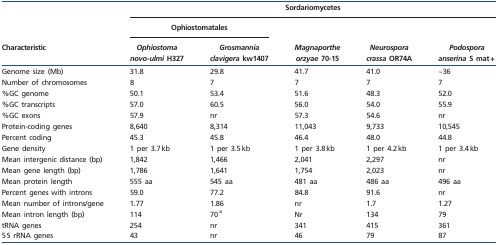
|  | <COLSPAN=5> Sordariomycetes |
 |  | <COLSPAN=2> Ophiostomatales |  |  |  |
 | Characteristic | Ophiostoma novo-ulmi H327 | Grosmannia clavigera kw1407 | Magnaporthe orzyae 70-15 | Neurospora crassa OR74A | Podospora anserina S mat + |
 | --- | --- | --- | --- | --- | --- |
 | Genome size (Mb) | 31.8 | 29.8 | 41.7 | 41.0 | ∼36 |
 | Number of chromosomes | 8 | 7 | 7 | 7 | 7 |
 | %GC genome | 50.1 | 53.4 | 51.6 | 48.3 | 52.0 |
 | %GC transcripts | 57.0 | 60.5 | 56.0 | 54.0 | 55.9 |
 | %GC exons | 57.9 | nr | 57.3 | 54.6 | nr |
 | Protein-coding genes | 8,640 | 8,314 | 11,043 | 9,733 | 10,545 |
 | Percent coding | 45.3 | 45.8 | 46.4 | 48.0 | 44.8 |
 | Gene density | 1 per 3.7 kb | 1 per 3.5 kb | 1 per 3.8 kb | 1 per 4.2 kb | 1 per 3.4 kb |
 | Mean intergenic distance (bp) | 1,842 | 1,466 | 2,041 | 2,297 | nr |
 | Mean gene length (bp) | 1,786 | 1,641 | 1,754 | 2,023 | nr |
 | Mean protein length | 555 aa | 545 aa | 481 aa | 486 aa | 496 aa |
 | Percent genes with introns | 59.0 | 77.2 | 84.8 | 91.6 | nr |
 | Mean number of introns/gene | 1.77 | 1.86 | nr | 1.7 | 1.27 |
 | Mean intron length (bp) | 114 | 70 a | Nr | 134 | 79 |
 | tRNA genes | 254 | nr | 341 | 415 | 361 |
 | 5 S rRNA genes | 43 | nr | 46 | 79 | 87 |